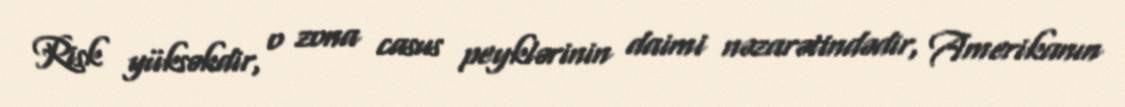
Risk yüksəkdir, o zona casus peyklərinin daimi nəzarətindədir, Amerikanın